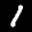
Label: 1